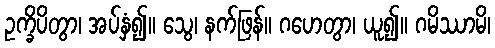
ဥက္ခိပိတွာ၊ အပ်နှံ၍။ သွေ၊ နက်ဖြန်။ ဂဟေတွာ၊ ယူ၍။ ဂမိဿာမိ၊